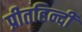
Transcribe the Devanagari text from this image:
प्रीतहिन्दी